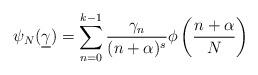
LaTeX: \begin{gather*}\psi_N(\underline{\gamma})= \sum_{n=0}^{k-1} \frac{\gamma_n}{(n+\alpha)^s} \phi \left(\frac{n+\alpha}{N}\right)\end{gather*}